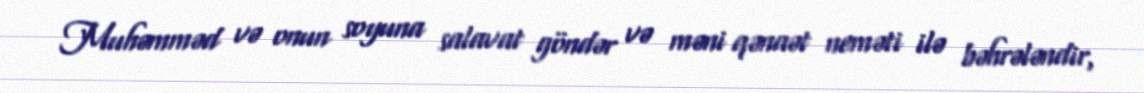
Muhəmməd və onun soyuna salavat göndər və məni qənaət neməti ilə bəhrələndir,